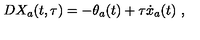
D X _ { a } ( t , \tau ) = - \theta _ { a } ( t ) + \tau { \dot { x } } _ { a } ( t ) \ ,